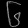
Digit: ၆